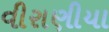
વીરાણીયા